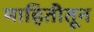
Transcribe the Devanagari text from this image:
माहितीतून